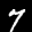
Label: 7